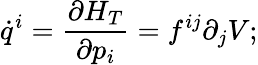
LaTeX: \dot{q}^{i}=\frac{\partial H_{T}}{\partial p_{i}}=f^{ij}\partial_{j}V;